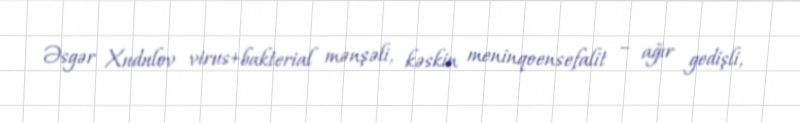
Əsgər Xudulov virus+bakterial mənşəli, kəskin meninqoensefalit – ağır gedişli,